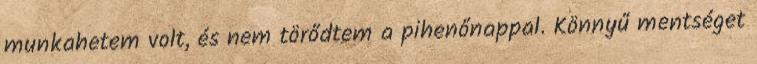
munkahetem volt, és nem törődtem a pihenőnappal. Könnyű mentséget